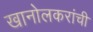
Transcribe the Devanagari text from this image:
खानोलकरांची